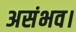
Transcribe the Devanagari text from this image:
असंभव।